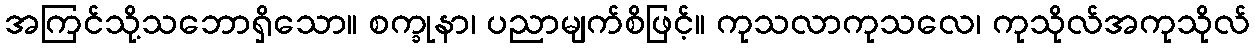
အကြင်သို့သဘောရှိသော။ စက္ခုနာ၊ ပညာမျက်စိဖြင့်။ ကုသလာကုသလေ၊ ကုသိုလ်အကုသိုလ်